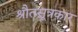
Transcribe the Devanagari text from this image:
श्रौतसूत्रकार